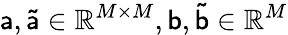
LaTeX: \mathsf{a},\mathsf{\tilde{a}}\in\mathbb{R}^{M\times M},\mathsf{b},\mathsf{\tilde{b}}\in\mathbb{R}^{M}